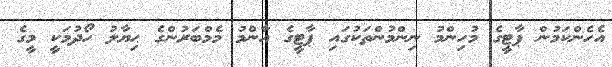
އެހެންކަމުން ޕާޓީގެ މުހިންމު ނިންމުންތަކުގައި ޕާޓީގެ އާންމު މެމްބަރުންގެ ޙިޔާލު ހޯދުމަކީ މީގެ